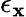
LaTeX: \epsilon_{\mathbf{x}}